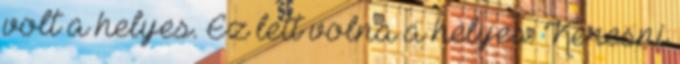
volt a helyes. Ez lett volna a helyes. Keresni